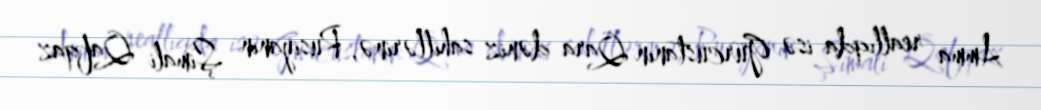
Amma reallıqda isə Gürcüstanın Qara dəniz sahillərinə, Rusiyanın Şimali Qafqaz